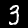
Digit: 3